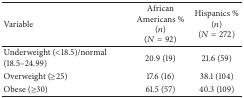
<table><thead><tr><td><b>Variable</b></td><td><b>African Americans % (<i>n</i>) (<i>N</i> = 92)</b></td><td><b>Hispanics % (<i>n</i>) (<i>N</i> = 272)</b></td></tr></thead><tbody><tr><td>Underweight (&lt;18.5)/normal (18.5–24.99)</td><td>20.9 (19)</td><td>21.6 (59)</td></tr><tr><td>Overweight (≥25) </td><td>17.6 (16)</td><td>38.1 (104)</td></tr><tr><td>Obese (≥30)</td><td>61.5 (57)</td><td>40.3 (109)</td></tr></tbody></table>